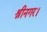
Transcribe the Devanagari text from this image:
श्रीनगर।